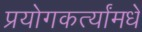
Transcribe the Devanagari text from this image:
प्रयोगकर्त्यांमधे